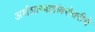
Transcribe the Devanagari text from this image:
अर्थशास्त्रज्ञांबरोबरीचे